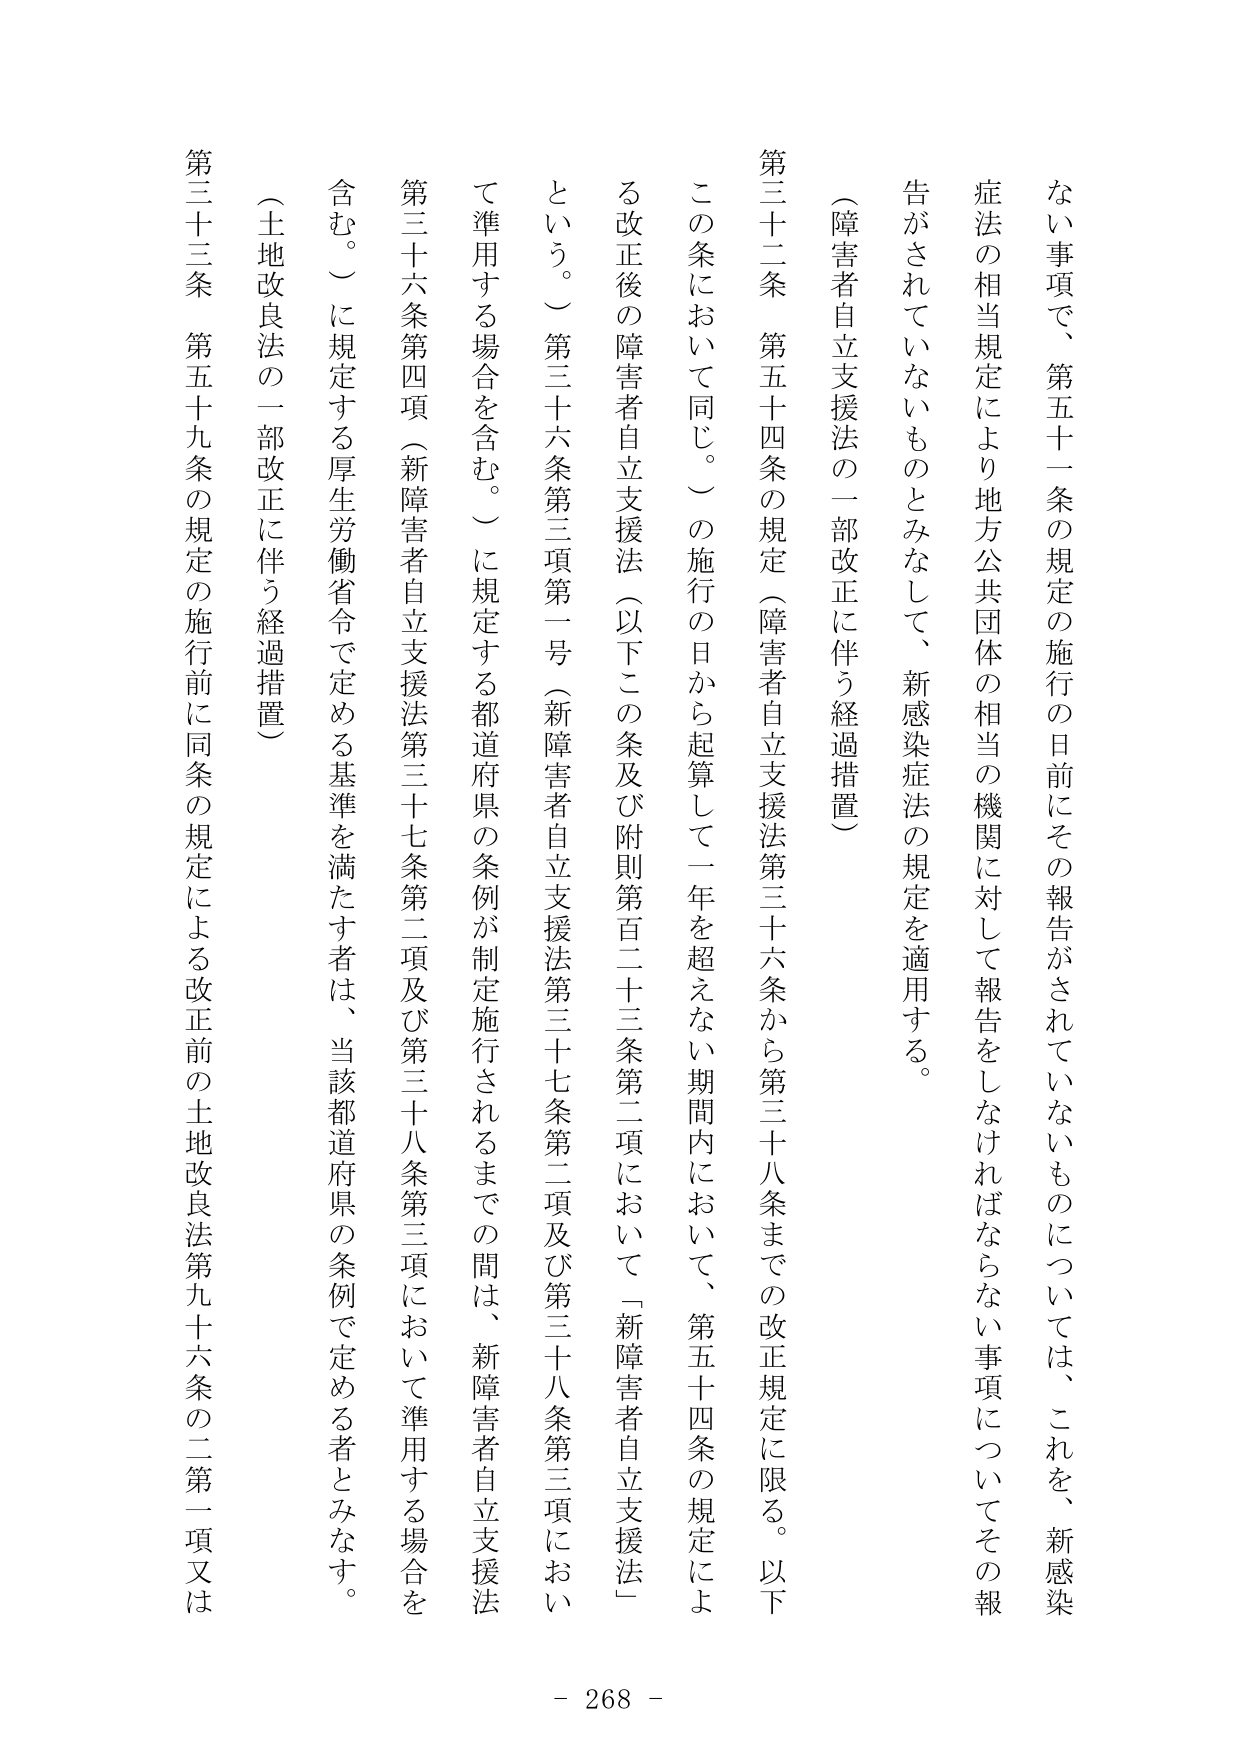
ない事項で、第五十一条の規定の施行の日前にその報告がされていないものについては、これを、新感染症法の相当規定により地方公共団体の相当の機関に対して報告をしなければならない事項についてその報告がされていないものとみなして、新感染症法の規定を適用する。

（障害者自立支援法の一部改正に伴う経過措置）

第三十二条 第五十四条の規定（障害者自立支援法第三十六条から第三十八条までの改正規定に限る。以下この条において同じ。）の施行の日から起算して一年を超えない期間内において、第五十四条の規定による改正後の障害者自立支援法（以下この条及び附則第百二十三条第二項において「新障害者自立支援法」という。）第三十六条第三項第一号（新障害者自立支援法第三十七条第二項及び第三十八条第三項において準用する場合を含む。）に規定する都道府県の条例が制定施行されるまでの間は、新障害者自立支援法第三十六条第四項（新障害者自立支援法第三十七条第二項及び第三十八条第三項において準用する場合を含む。）に規定する厚生労働省令で定める基準を満たす者は、当該都道府県の条例で定める者とみなす。

（土地改良法の一部改正に伴う経過措置）

第三十三条 第五十九条の規定の施行前に同条の規定による改正前の土地改良法第九十六条の二第一項又は

- 268 -